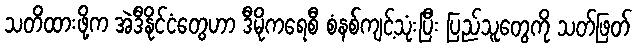
သတိထားဖို့က အဲဒီနိုင်ငံတွေဟာ ဒီမိုကရေစီ စံနစ်ကျင့်သုံးပြီး ပြည်သူတွေကို သတ်ဖြတ်